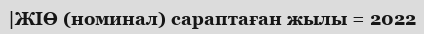
|ЖІӨ (номинал) сараптаған жылы = 2022